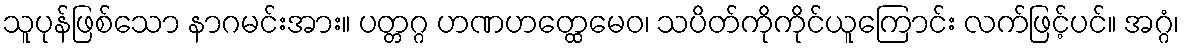
သူပုန်ဖြစ်သော နာဂမင်းအား။ ပတ္တဂ္ဂ ဟဏဟတ္ထေမေဝ၊ သပိတ်ကိုကိုင်ယူကြောင်း လက်ဖြင့်ပင်။ အဂ္ဂံ၊